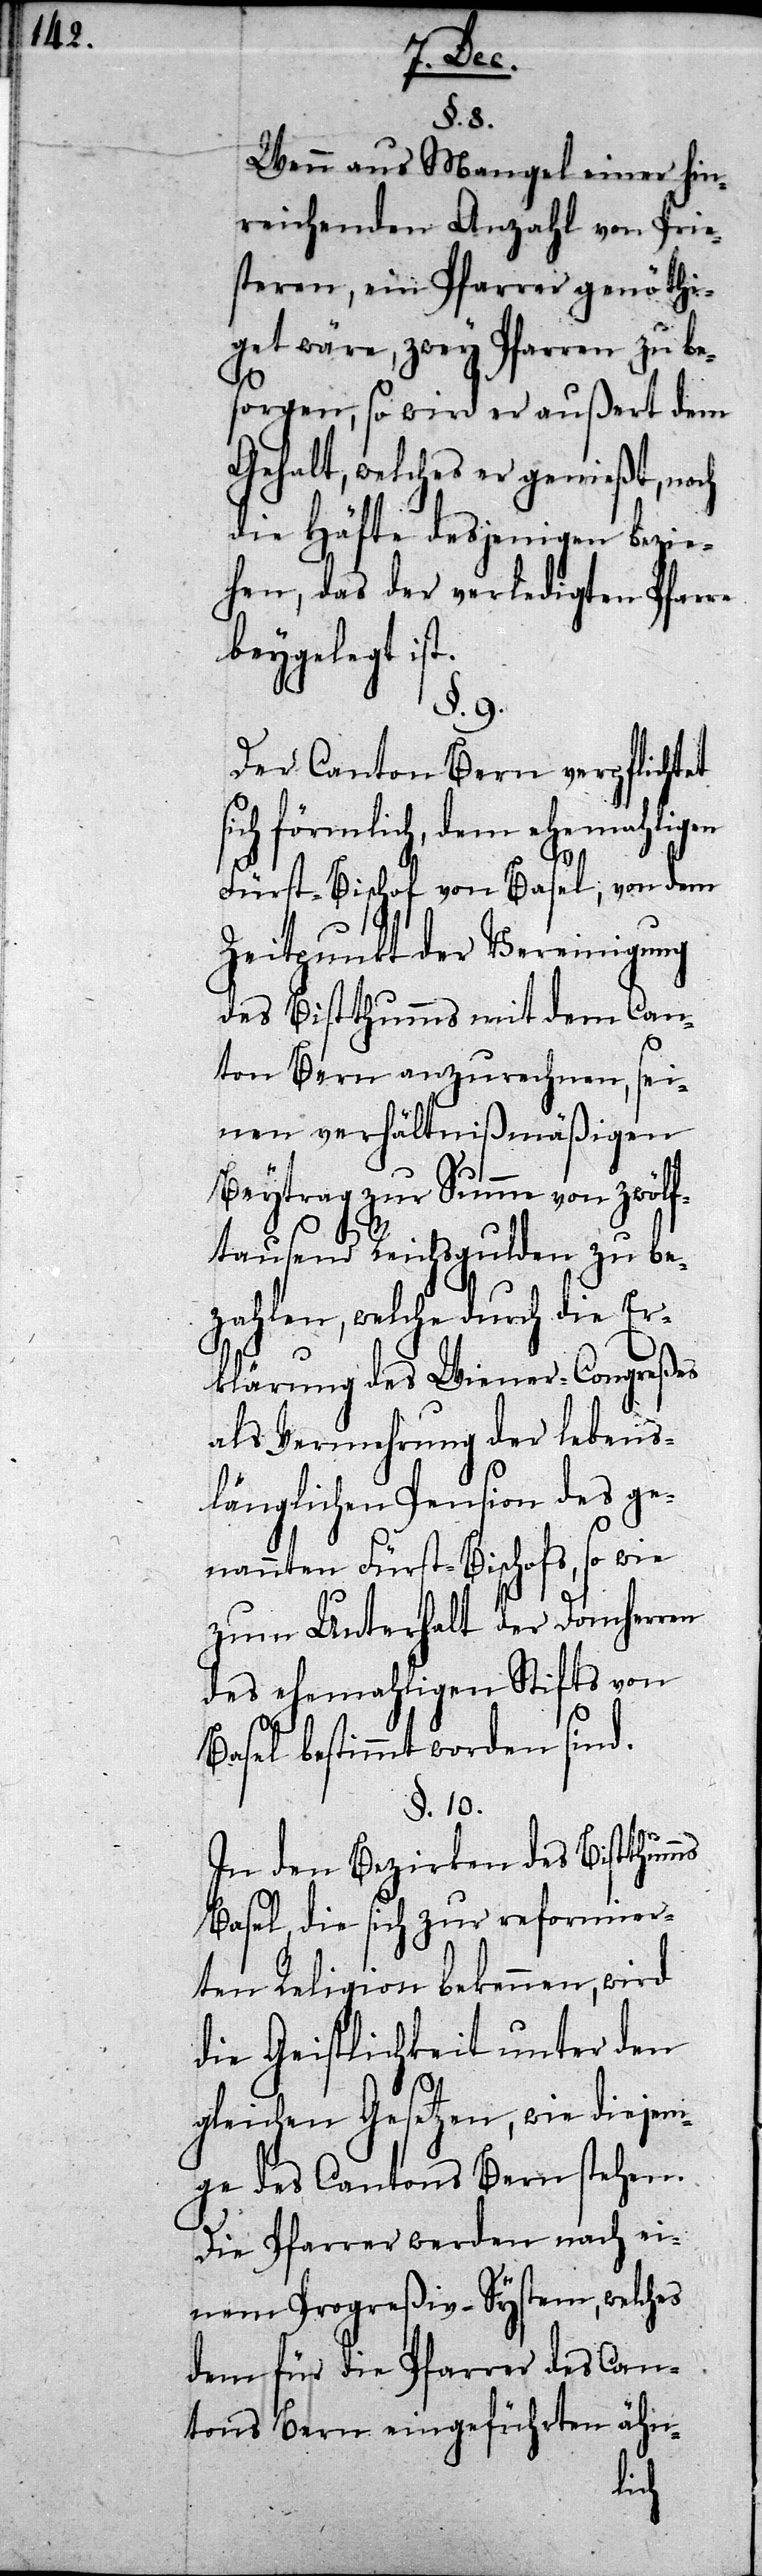
§. 8.
Wenn aus Mangel einer hin¬
reichenden Anzahl von Prie¬
steren, ein Pfarrer genöthi¬
get wäre, zwey Pfarren zu be¬
sorgen, so wird er außert dem
Gehalt, welches er genießt, noch
die Hä[l]fte desjenigen bezie¬
hen, das der erledigten Pfarre
beygelegt ist.
Der Canton Bern verpflichtet
sich förmlich, dem ehemahligen
Fürst-Bischof von Basel, von dem
Zeitpunkt der Vereinigung
des Bistthumms mit dem Can¬
ton Bern an zu rechnen, sei¬
nen verhältnißmäßigen
Beytrag zur Summe von zwölf¬
tausend Reichsgulden zu be¬
zahlen, welche durch die Er¬
klärung des Wiener-Congreßes
als Vermehrung der lebens¬
länglichen Pension des ge¬
nannten Fürst-Bischofs, so wie
zum Unterhalt der Domherren
des ehemahligen Stifts von
Basel bestimmt worden sind.
§. 11.
In den Bezirken des Bistthumms
Basel, die sich zur reformier¬
ten Religion bekennen, wird
die Geistlichkeit unter den
gleichen Gesetzen, wie diejeni¬
gen des Cantons Bern stehen.
Die Pfarrer werden nach ei¬
nem Progreßiv-System, welches
dem für die Pfarrer des Can¬
tons Bern eingeführten ähn-